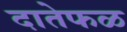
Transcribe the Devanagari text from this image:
दातेफळ